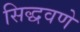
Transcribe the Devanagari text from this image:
सिद्धवणे